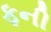
ફની